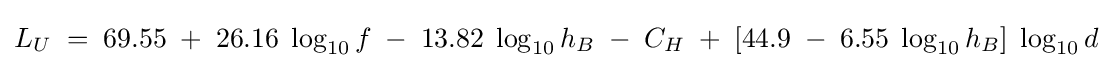
L_{U}\;=\;69.55\;+\;26.16\;\log _{10}f\;-\;13.82\;\log _{10}h_{B}\;-\;C_{H}\;+\;[44.9\;-\;6.55\;\log _{10}h_{B}]\;\log _{10}d